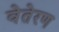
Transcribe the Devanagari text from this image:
वेतेरण